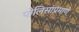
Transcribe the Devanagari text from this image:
पोलिसांप्रमाणे